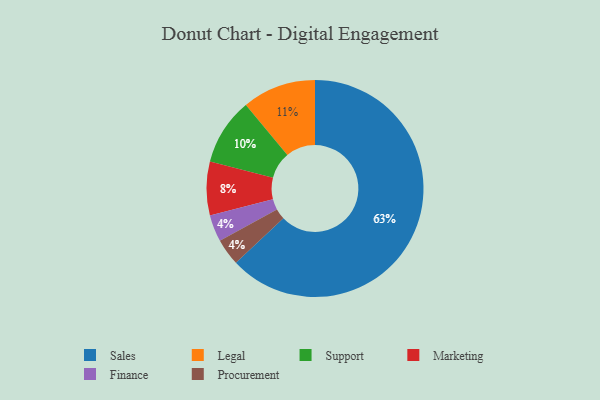
{"axis": {"x": "Category", "y": "Percentage"}, "legend": ["Finance", "Legal", "Marketing", "Procurement", "Sales", "Support"], "data": [{"x": "Legal", "y": 11, "type": "Legal"}, {"x": "Finance", "y": 4, "type": "Finance"}, {"x": "Support", "y": 10, "type": "Support"}, {"x": "Procurement", "y": 4, "type": "Procurement"}, {"x": "Marketing", "y": 8, "type": "Marketing"}, {"x": "Sales", "y": 63, "type": "Sales"}]}